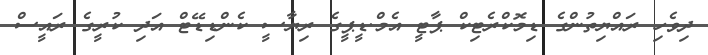
ދިވެހި ރައްޔިތުންގެ ޑިމޮކްރެޓިކް ޕާޓީ އެމް.ޑީޕީގެ ރިޔާސީ ކެންޑިޑޭޓް އަދި ކުރީގެ ރައީސް